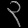
Digit: ၃